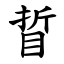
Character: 䀸